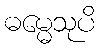
ဓမ္မေသုပိ